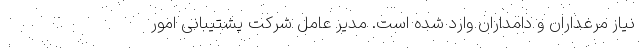
نیاز مرغداران و دامداران وارد شده است. مدیر عامل شرکت پشتیبانی امور